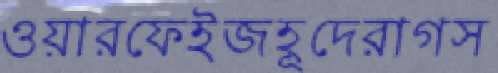
ওয়ারফেইজহূদেরাগস